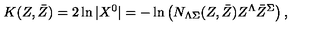
K ( Z , \bar { Z } ) = 2 \ln | X ^ { 0 } | = - \ln \left( N _ { \Lambda \Sigma } ( Z , \bar { Z } ) Z ^ { \Lambda } \bar { Z } ^ { \Sigma } \right) ,